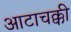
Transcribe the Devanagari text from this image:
आटाचक्की